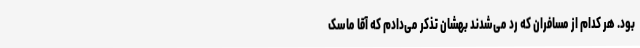
بود. هر کدام از مسافران که رد می‌شدند بهشان تذکر می‌دادم که آقا ماسک